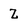
Character: Z